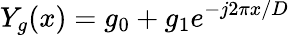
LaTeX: Y_{g}(x)=g_{\mathrm{0}}+g_{\mathrm{1}}e^{-j2\pi x/D}